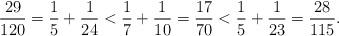
LaTeX: \begin{align*} \frac{29}{120} = \frac{1}{5} + \frac{1}{24} < \frac{1}{7} + \frac{1}{10} = \frac{17}{70} < \frac{1}{5} + \frac{1}{23} = \frac{28}{115}. \end{align*}